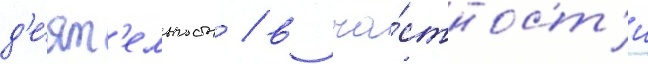
д'е́ят'ельность / в ча́стност'и